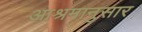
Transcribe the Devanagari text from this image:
आश्रमानुसार